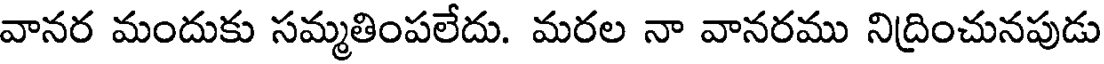
వానర మందుకు సమ్మతింపలేదు. మరల నా వానరము నిద్రించునపుడు